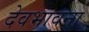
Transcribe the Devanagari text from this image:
देवभावना